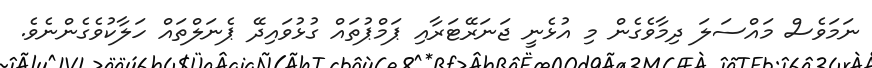
ނަމަވެސް މައްސަލަ ދިމާވެގެން މި އުޅެނީ ޖަނަރޭޓަރާއި ޕަމްޕުތައް ގުޅުވައިދޭ ޕެނަލްތައް ހަލާކުވެގެންނެވެ.